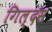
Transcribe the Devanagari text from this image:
गिल्दस